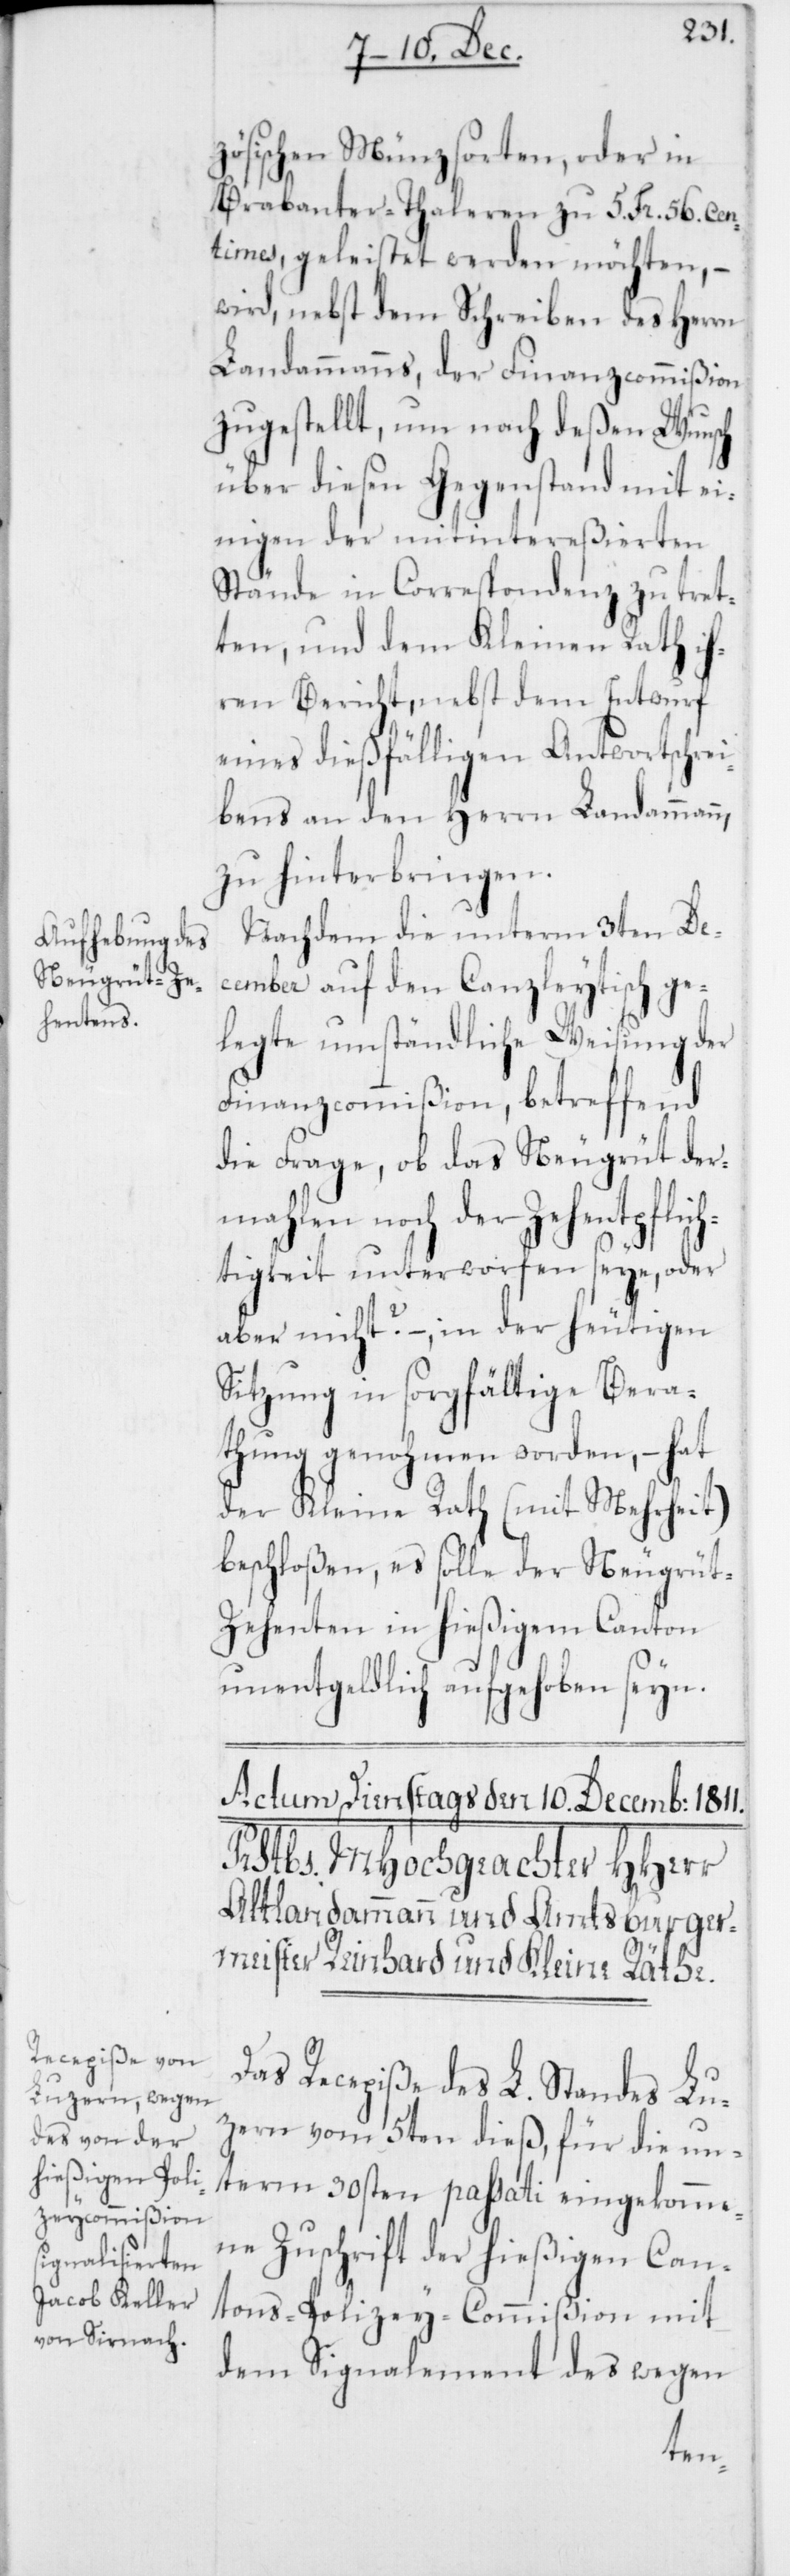
zösischen Münzsorten oder in
Brabanter-Thaleren zu 5. Fr. 56. Cen¬
times, geleistet werden möchten, –
wird, nebst dem Schreiben des Herrn
Landammanns, der Finanzcommißion
zugestellt, um nach deßen Wunsch
über diesen Gegenstand mit ei¬
nigen der mitintereßierten
Stände in Correspondenz zu tret¬
ten, und dem Kleinen Rath ih¬
ren Bericht, nebst dem Entwurf
eines dießfälligen Antwortschre¬
ibens an den Herrn Landammann,
zu hinterbringen.
Nachdem die unterm 3ten De¬
cember auf den Canzleytisch ge¬
legte umständliche Weisung der
Finanzcommißion, betreffend
die Frage, ob das Neugrüt der¬
mahlen noch der Zehentpflich¬
tigkeit unterworfen seye, oder
aber nicht? – in der heutigen
Sitzung in sorgfältige Bera¬
thung genohmen worden, – hat
der Kleine Rath (mit Mehrheit)
beschloßen, es solle der Neugrü¬
t-Zehenten in hießigem Canton
unentgeldlich aufgehoben seyn.
Das Recepiße des L. Standes Lu¬
zern vom 5ten dieß, für die un¬
term 30sten passati eingekomme¬
ne Zuschrift der hießigen Can¬
tons-Polizey-Commißion mit
dem Signalement des wegen